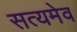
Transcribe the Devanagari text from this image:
सत्‍यमेव